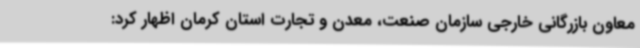
معاون بازرگانی خارجی سازمان صنعت، معدن و تجارت استان کرمان اظهار کرد: